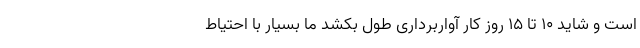
است و شاید ۱۰ تا ۱۵ روز کار آواربرداری طول بکشد ما بسیار با احتیاط